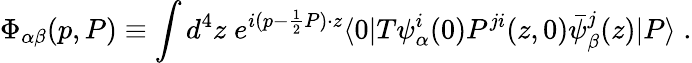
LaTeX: \Phi_{\alpha\beta}(p,P)\equiv\int d^{4}z\; e^{i(p-{\frac{1}{2}}P)\cdot z}\langle 0|T\psi_{\alpha}^{i}(0)P^{ji}(z,0)\bar{\psi}_{\beta}^{j}(z)|P\rangle\; .